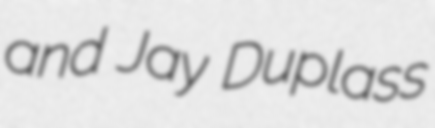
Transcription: and Jay Duplass